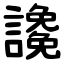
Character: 䜛